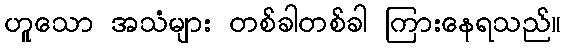
ဟူသော အသံများ တစ်ခါတစ်ခါ ကြားနေရသည်။